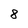
Character: 8